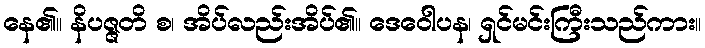
နေ၏။ နိပဇ္ဇတိ စ၊ အိပ်လည်းအိပ်၏။ ဒေဝေါပန၊ ရှင်မင်းကြီးသည်ကား။